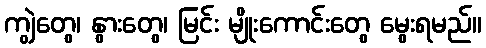
ကျွဲတွေ၊ နွားတွေ၊ မြင်း မျိုးကောင်းတွေ မွေးရမည်။